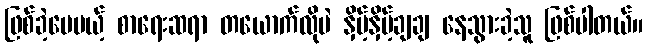
ဖြစ်ခဲ့ပေမယ့် စာရေးဆရာ တယောက်လိုပဲ နှိမ့်နှိမ့်ချချ နေသွားခဲ့သူ ဖြစ်ပါတယ်။